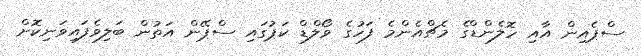
ސްޕެއިން އާއި ހޮލެންޑްގެ މެޗްއެންމެ ފަހުގެ ވޯލްޑް ކަޕުގައި ސްޕޭން އަތުން ބަލިވެފައިވަނިކޮށް